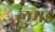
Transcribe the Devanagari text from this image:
लुमड